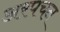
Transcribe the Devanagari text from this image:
अरपचन